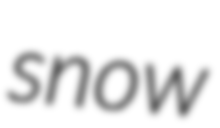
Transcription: snow